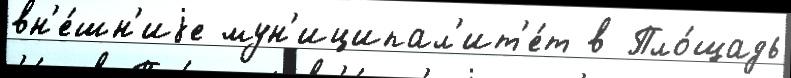
вн'е́шн'иjе мун'иципал'ит'е́т в Пло́щадь